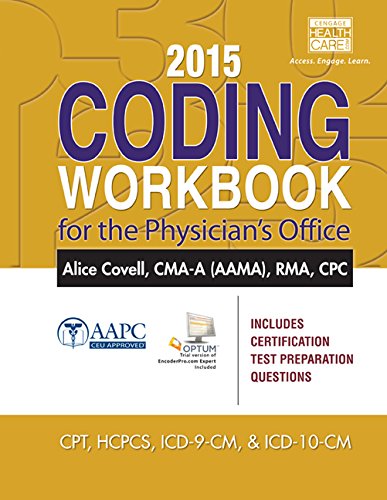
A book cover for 2015 Coding Workbook for the Physician's Office; Alice Covell; Business & Money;